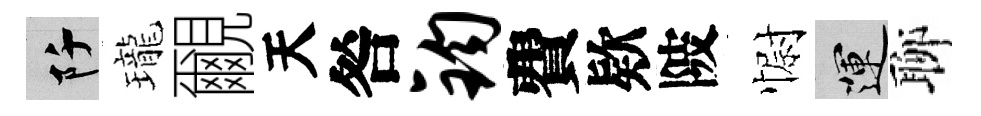
阡瓏覼天咎钧費欵陂𢠢運聊